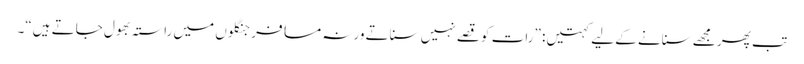
تب پھر مجھے سنانے کے لیے کہتیں : ”رات کو قصے نہیں سناتے ورنہ مسافر جنگلوں میں راستہ بھول جاتے ہیں“۔